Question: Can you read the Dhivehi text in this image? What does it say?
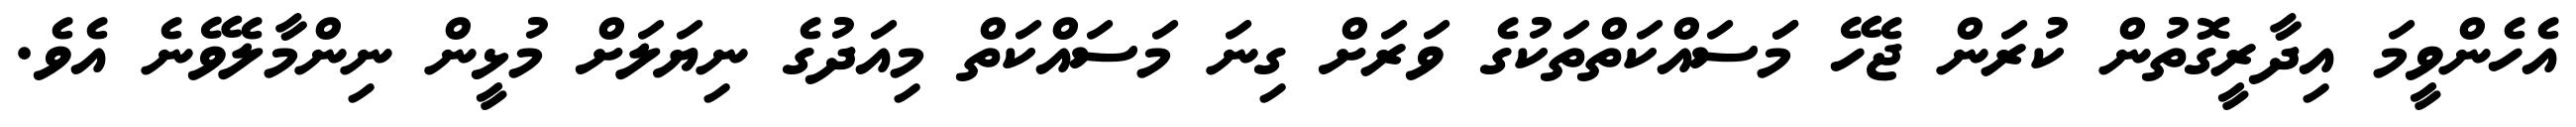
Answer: އެހެންވީމަ އިދާރީގޮތުން ކުރަން ޖެހޭ މަަސައްކަތްތަކުގެ ވަރަށް ގިނަ މަސައްކަތް މިއަދުގެ ނިޔަލަށް މުޅީން ނިންމާލެވޭނެ އެވެ.